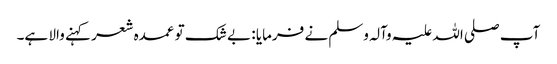
آپ صلی اللہ علیہ وآلہ وسلم نے فرمایا : بے شک تو عمدہ شعر کہنے والا ہے۔